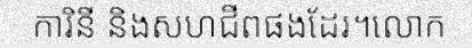
ការិនី និងសហជីពផងដែរ។លោក